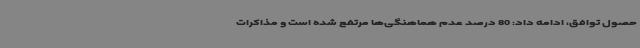
حصول توافق، ادامه داد: 80 درصد عدم هماهنگی‌ها مرتفع شده است و مذاکرات